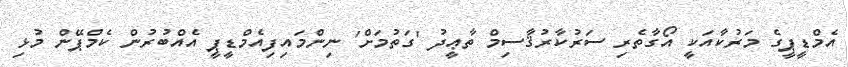
އެމްޑީޕީގެ މަރުކާއަކީ އޯގާތެރި ސަރުކާރުޤާސިމް ތާޢީދު 'ގަތުމަށް' ނިންމައިފިއެމްޑީޕީ އެއްބުރުން ކެމްޕޭން މުޅި